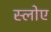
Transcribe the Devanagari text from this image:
स्लोए